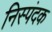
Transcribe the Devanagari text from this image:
निस्पंदक